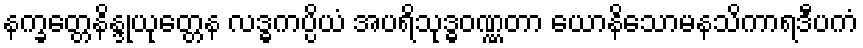
နက္ခတ္တေနိန္ဒုယုတ္တေန လဒ္ဓကပ္ပိယံ အပရိသုဒ္ဓဝဏ္ဏတာ ယောနိသောမနသိကာရဒီပကံ